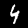
Digit: 4